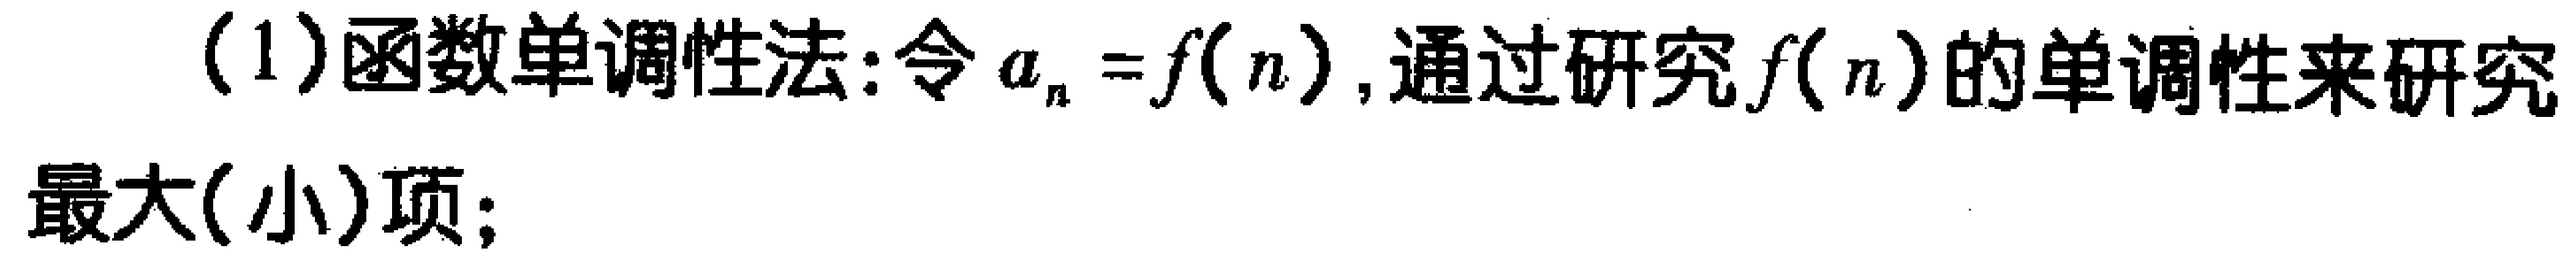
(1)函数单调性法:令\(a_{n}=f(n)\),通过研究\(f(n)\)的单调性来研究最大(小)项;